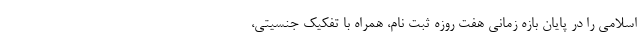
اسلامی را در پایان بازه زمانی هفت روزه ثبت نام، همراه با تفکیک جنسیتی،